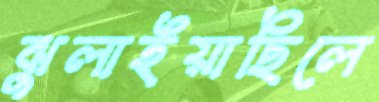
ঝুলাইয়াছিলে